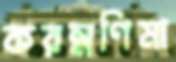
করম্নণিমা